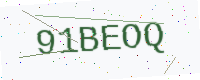
Text: 91BEOQ